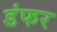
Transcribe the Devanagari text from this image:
डंफर